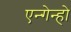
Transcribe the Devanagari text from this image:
एन्गेन्हो